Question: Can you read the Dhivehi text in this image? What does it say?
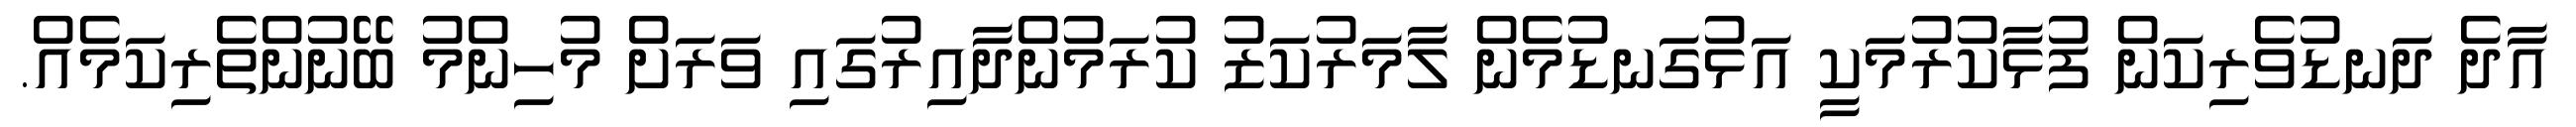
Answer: އާދެ ދަނޑުވެރިކަން ފުޅާކުރުމަކީ އަޅުގަނޑުމެން ލާމަރުކަޒު ކުރަމުންދާއިރުގައި ވަރަށް މުހިންމު ބޭނުންތެރިކަމެއް.